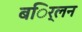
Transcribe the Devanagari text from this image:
बर्िलन